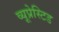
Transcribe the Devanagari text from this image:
व्यूप्रेस्टिड